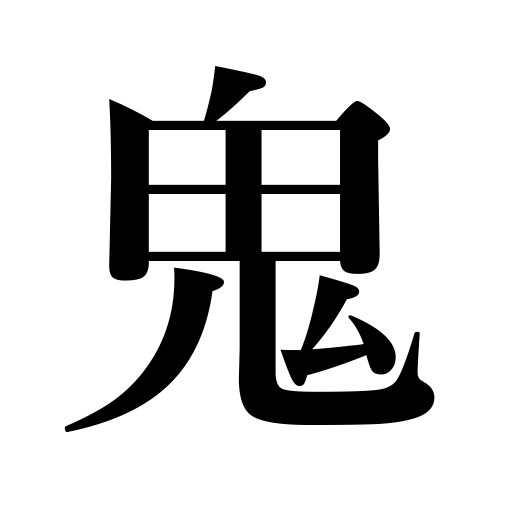
Meanings: devil,creditor,fiend,the one who is ,ghost,spirits of the dead,demon